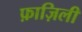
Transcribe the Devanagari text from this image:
फ़ाज़िली